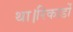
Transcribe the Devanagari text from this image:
था।रिकार्डो